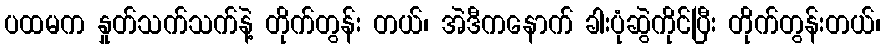
ပထမက နှုတ်သက်သက်နဲ့ တိုက်တွန်း တယ်၊ အဲဒီကနောက် ခါးပုံဆွဲကိုင်ပြီး တိုက်တွန်းတယ်၊